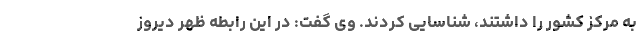
به مرکز کشور را داشتند، شناسایی کردند. وی گفت: در این رابطه ظهر دیروز